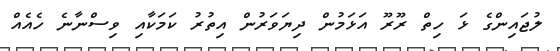
ލުޖައިންގެ ޅަ ހިތް ރޫރޫ އަޅަމުން ދިޔަވަރުން އިތުރު ކަމަކާއި ވިސްނާނެ ހެއެއް